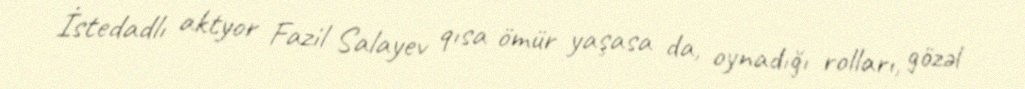
İstedadlı aktyor Fazil Salayev qısa ömür yaşasa da, oynadığı rolları, gözəl